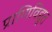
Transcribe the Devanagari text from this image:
प्राणिविद्युत